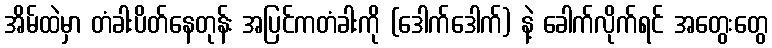
အိမ်ထဲမှာ တံခါးပိတ်နေတုန်း အပြင်ကတံခါးကို (ဒေါက်ဒေါက်) နဲ့ ခေါက်လိုက်ရင် အတွေးတွေ